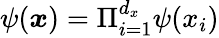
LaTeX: \psi({\boldsymbol{x}})=\Pi_{i=1}^{d_{x}}\psi(x_{i})